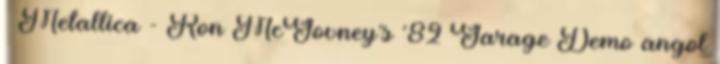
↑ Metallica - Ron McGovney's '82 Garage Demo angol